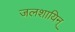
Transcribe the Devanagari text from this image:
जलशायिन्